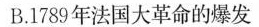
B.1789年法国大革命的爆发